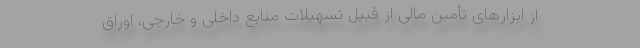
از ابزارهای تأمین مالی از قبیل تسهیلات منابع داخلی و خارجی، اوراق